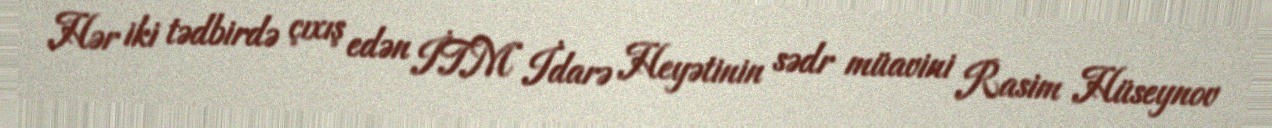
Hər iki tədbirdə çıxış edən İTM İdarə Heyətinin sədr müavini Rasim Hüseynov